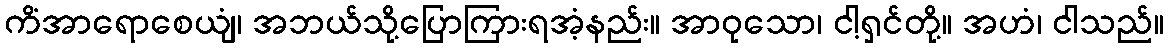
ကိံအာရောစေယျံ၊ အဘယ်သို့ပြောကြားရအံ့နည်း။ အာဝုသော၊ ငါ့ရှင်တို့။ အဟံ၊ ငါသည်။